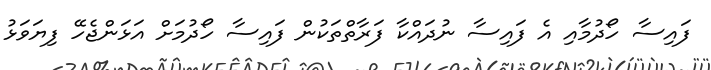
ފައިސާ ހޯދުމާއި އެ ފައިސާ ނުދައްކާ ފަރާތްތަކުން ފައިސާ ހޯދުމަށް އަޅަންޖެހޭ ފިޔަވަޅު